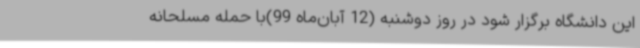
این دانشگاه برگزار شود در روز دوشنبه (12 آبان‌ماه 99)با حمله مسلحانه